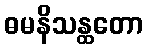
ဓမနိသန္ထတော